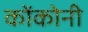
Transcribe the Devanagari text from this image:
कोंकोनी